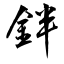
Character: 鉡